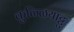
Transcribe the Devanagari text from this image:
कुळ्ळियाट्टु